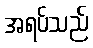
အရပ်သည်